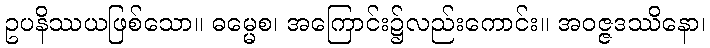
ဥပနိဿယဖြစ်သော။ ဓမ္မေစ၊ အကြောင်း၌လည်းကောင်း။ အဝဇ္ဇဒဿိနော၊